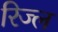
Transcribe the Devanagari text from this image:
रिज्ल